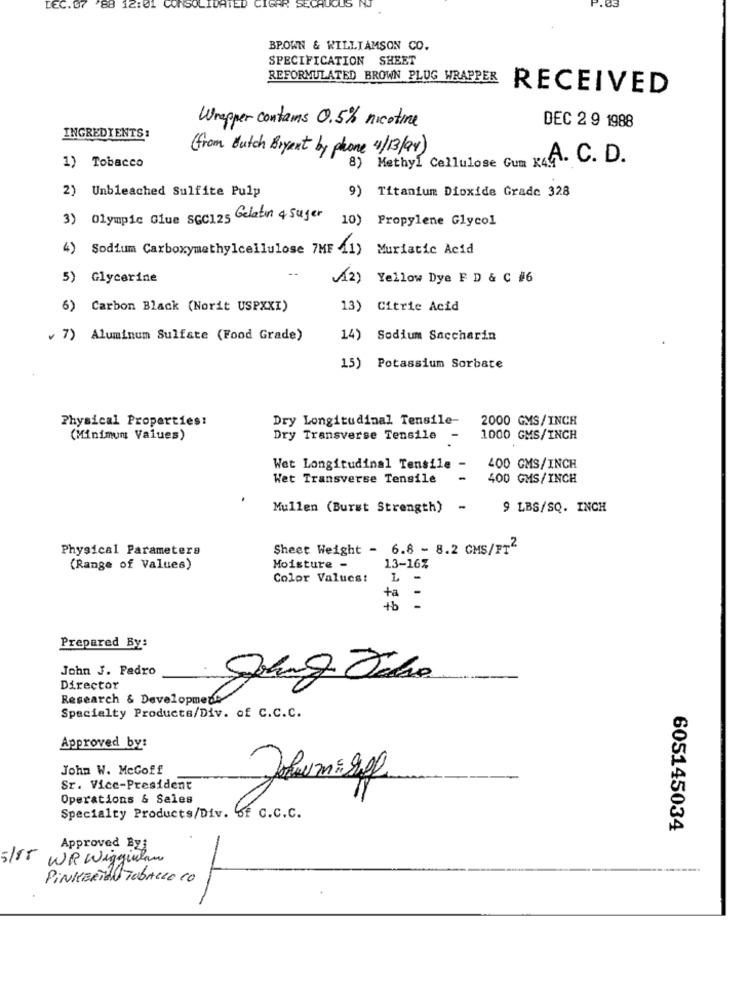
LEC. 07
88 12:01
'SOLIDATED
.85
BROWN & WILLIAMSON CO.
SPECIFICATION SHEET
REFORMULATED BROWN PLUG WRAPPER
RECEIVED
Wrapper contains 0.5% nicotine
DEC 2 9 1988
INGREDIENTS:
(from dutch Bryent by phone 4/13/94)
8) Methyl Cellulose Gum K4A. C. D.
1) Tobacco
2) Unbleached Sulfite Pulp
9) Titanium Dioxide Grade 328
3) Olympic Give SGC125 Gelatin 4 Suger
10)
Propylene Glycol
4) Sodium Carboxymethylcellulose 7MF 41)
Muriatic Acid
5) Glycerine
(42) Yellow Dye F D & C #6
6) Carbon Black (Norit USPXXI)
13) Citric Acid
7) Aluminum Sulfate (Food Grade)
14) Sodium Saccharin
15) Potassium Sorbate
Physical Properties!
Dry Longitudinal Tensile-
2000 GMS/INCH
(Minimum Values)
Dry Transverse Tensile
1000 GMS/INCH
Wet Longitudinal Tensile -
400 GMS/INCH
Wet Transverse Tensile
400 GMS/INCH
Mullen (Burst Strength)
-
9 LBS/SQ. INCH
Physical Parameters
Sheet Weight - 6.8 - 8.2 GMS/FT2
(Range of Values)
Moisture -
13-16%
Color Values!
L -
ta
+b
Prepared By:
John J. Fadro
Director
Research & Development
Specialty Products/Div. of C.C.C.
Approved by:
John W. McGoff
Johan:gp
Sr. Vice-President
Operations & Sales
Specialty Products/Div. of c.c.c.
605145034
Approved Byi
5/15 WR Wigginhan
PINKERTON Tobacco CO